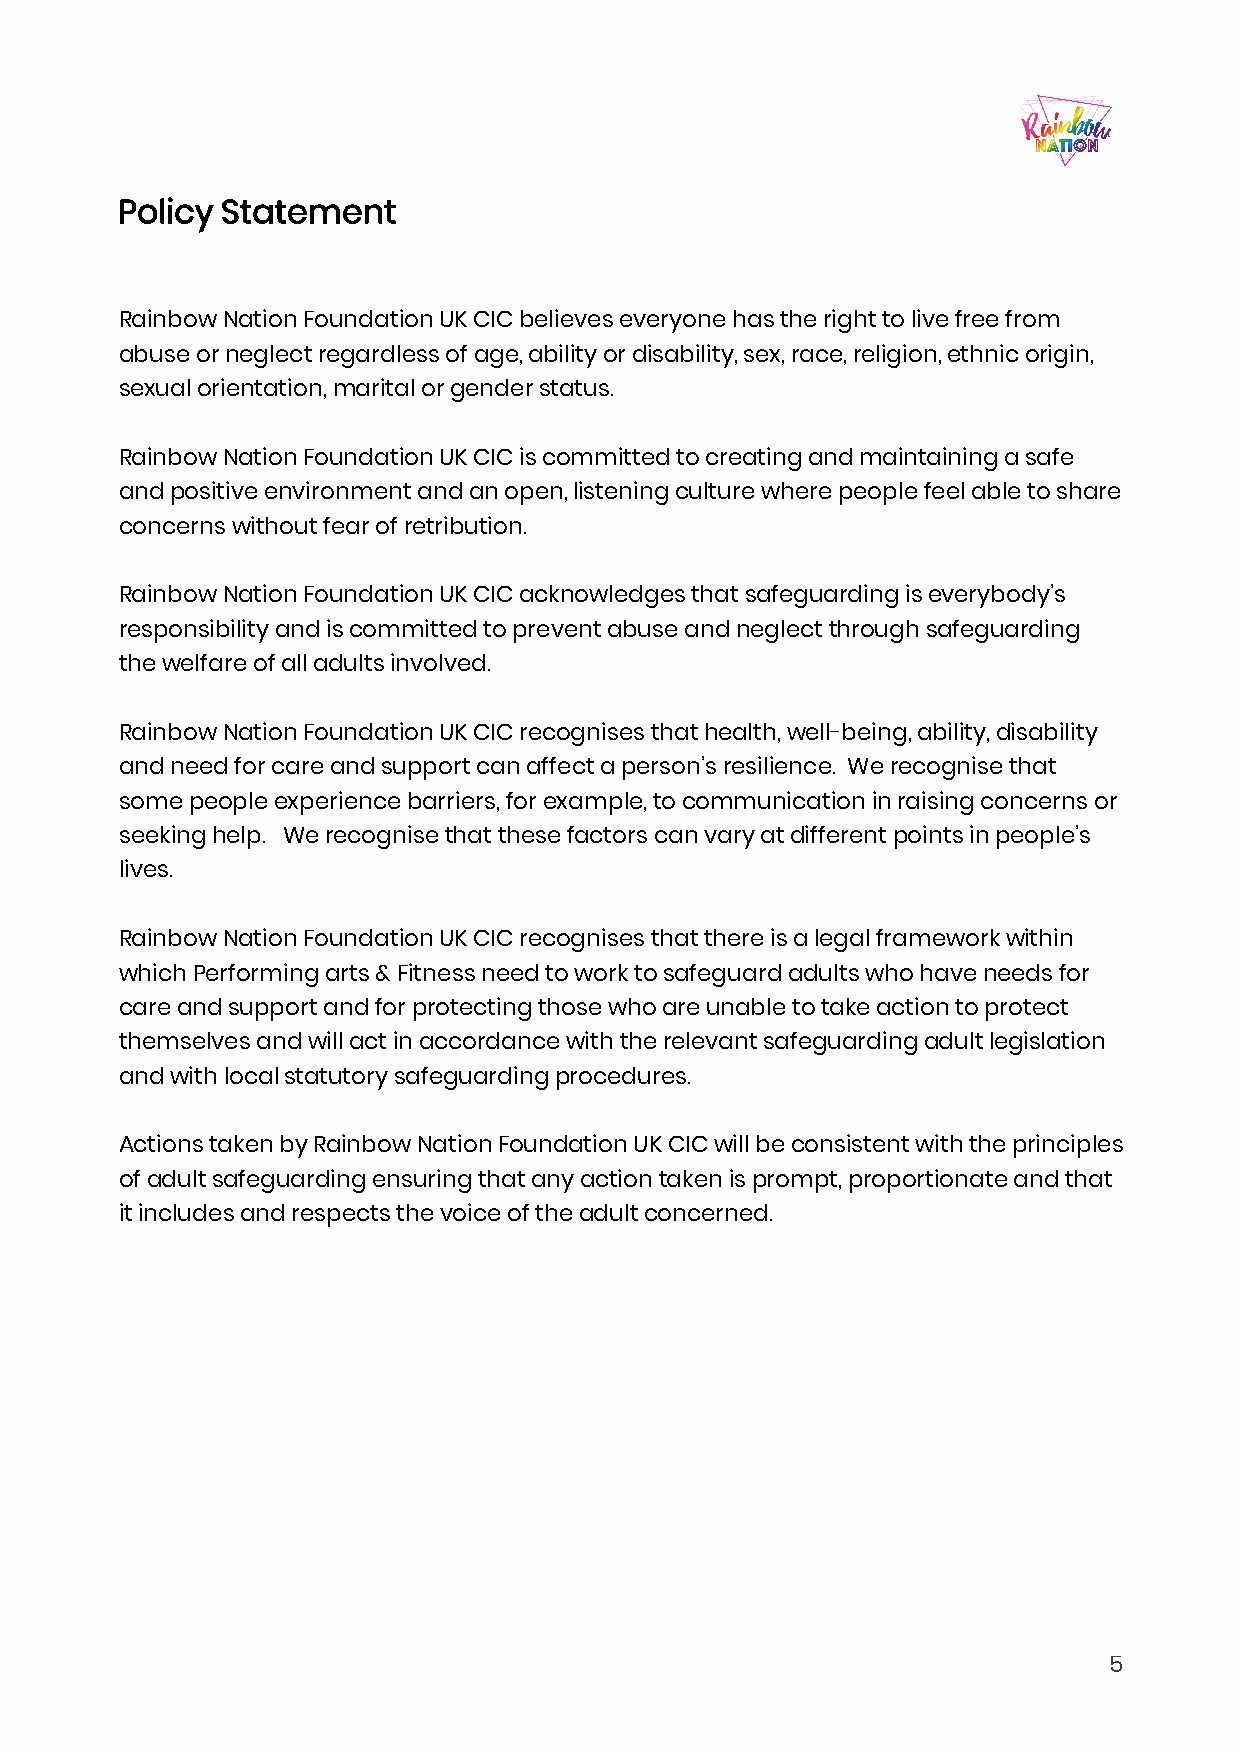
Policy Statement
 Rainbow Nation Foundation UK CIC believes everyone has the right to live free from
 abuse or neglect regardless of age, ability or disability, sex, race, religion, ethnic origin,
 sexual orientation, marital or gender status.
 Rainbow Nation Foundation UK CIC is committed to creating and maintaining a safe
 and positive environment and an open, listening culture where people feel able to share
 concerns without fear of retribution.
 Rainbow Nation Foundation UK CIC acknowledges that safeguarding is everybody’s
 responsibility and is committed to prevent abuse and neglect through safeguarding
 the welfare of all adults involved.
 Rainbow Nation Foundation UK CIC recognises that health, well-being, ability, disability
 and need for care and support can affect a person’s resilience. We recognise that
 some people experience barriers, for example, to communication in raising concerns or
 seeking help. We recognise that these factors can vary at different points in people’s
 lives.
 Rainbow Nation Foundation UK CIC recognises that there is a legal framework within
 which Performing arts & Fitness need to work to safeguard adults who have needs for
 care and support and for protecting those who are unable to take action to protect
 themselves and will act in accordance with the relevant safeguarding adult legislation
 and with local statutory safeguarding procedures.
 Actions taken by Rainbow Nation Foundation UK CIC will be consistent with the principles
 of adult safeguarding ensuring that any action taken is prompt, proportionate and that
 it includes and respects the voice of the adult concerned.
 5